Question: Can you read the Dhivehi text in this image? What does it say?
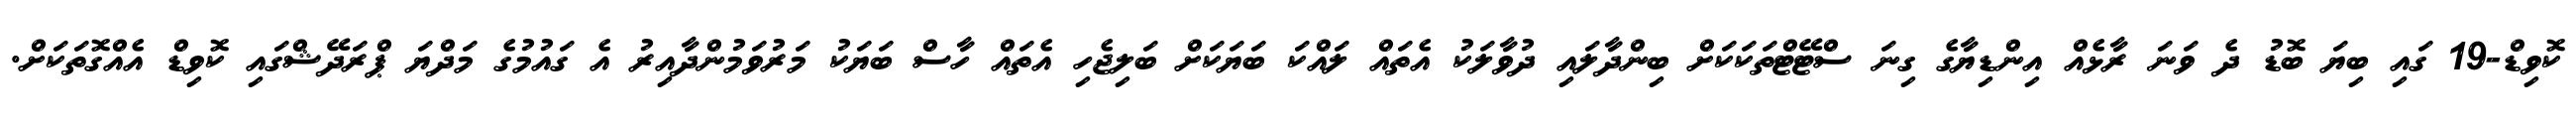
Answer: ކޮވިޑް-19 ގައި ބިޔަ ބޮޑު ދެ ވަނަ ރާޅެއް އިންޑިޔާގެ ގިނަ ސްޓޭޓްތަކަކަށް ބިންދާލައި ދުވާލަކު އެތައް ލައްކަ ބަޔަކަށް ބަލިޖެހި އެތައް ހާސް ބަޔަކު މަރުވަމުންދާއިރު އެ ގައުމުގެ މަދްޔަ ޕްރަދޭޝްގައި ކޮވިޑް އެއްގޮތަކަށް.